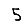
Digit: 5